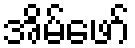
အိမ်ဖော်